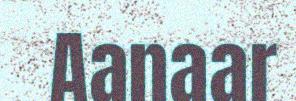
Aanaar